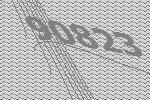
90823